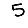
Digit: 5